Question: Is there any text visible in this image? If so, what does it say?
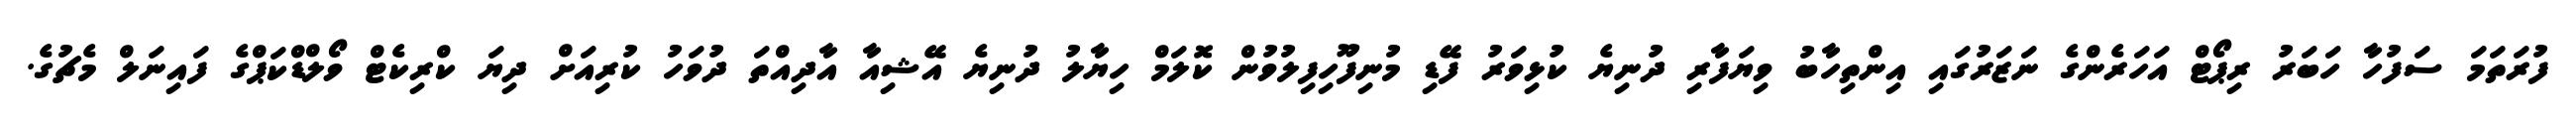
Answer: ފުރަތަމަ ސަފުހާ ހަބަރު ރިޕޯޓް އަހަރެންގެ ނަޒަރުގައި އިންތިހާބު ވިޔަފާރި ދުނިޔެ ކުޅިވަރު ފޭޑި މުނިފޫހިފިލުވުން ކޮލަމް ހިޔާލު ދުނިޔެ އޭޝިއާ އާދިއްތަ ދުވަހު ކުރިއަށް ދިޔަ ކްރިކެޓް ވޯލްޑްކަޕްގެ ފައިނަލް މެޗުގެ.